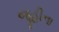
જૂહીના